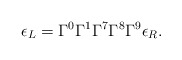
\begin{align*}\epsilon_L = \Gamma^0 \Gamma^1 \Gamma^7 \Gamma^8 \Gamma^9 \epsilon_R.\end{align*}